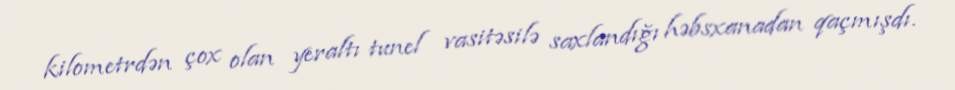
kilometrdən çox olan yeraltı tunel vasitəsilə saxlandığı həbsxanadan qaçmışdı.